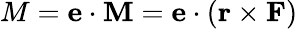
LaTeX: M=\mathbf{e}\cdot\mathbf{M}=\mathbf{e}\cdot(\mathbf{r}\times\mathbf{F})